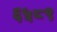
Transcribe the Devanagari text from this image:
६५८९